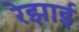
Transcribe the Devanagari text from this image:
रेझाई